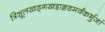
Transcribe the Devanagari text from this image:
त्रिशूलखड्गखट्वाङ्गडमर्वंकर्भुजां